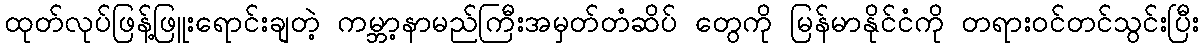
ထုတ်လုပ်ဖြန့်ဖြူးရောင်းချတဲ့ ကမ္ဘာ့နာမည်ကြီးအမှတ်တံဆိပ် တွေကို မြန်မာနိုင်ငံကို တရားဝင်တင်သွင်းပြီး